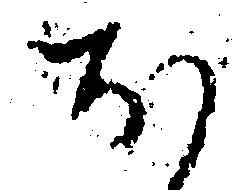
ほ